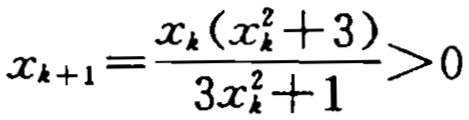
\(x_{k + 1} = \frac{x_{k}(x_{k}^{2} + 3)}{3x_{k}^{2} + 1} > 0\)